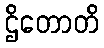
ဌိတောတိ